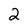
Character: 2